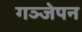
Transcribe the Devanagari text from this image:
गञ्जेपन